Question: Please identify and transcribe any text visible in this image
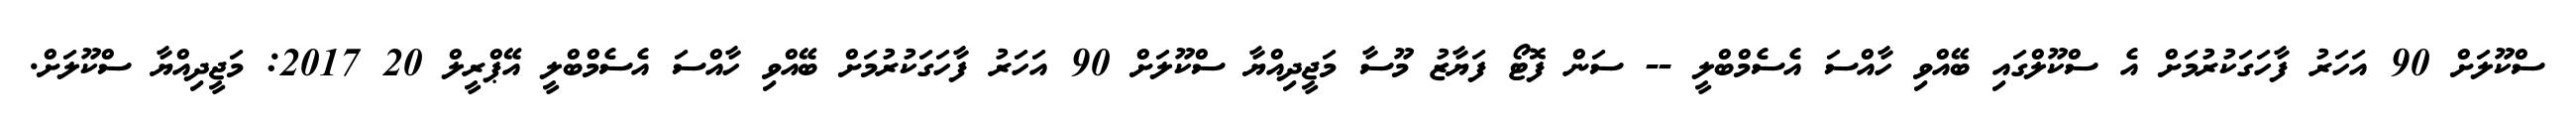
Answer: ސްކޫލަށް 90 އަހަރު ފާހަގަކުރުމަށް އެ ސްކޫލްގައި ބޭއްވި ހާއްސަ އެސެމްބްލީ -- ސަން ފޮޓޯ ފަޔާޒު މޫސާ މަޖީދިއްޔާ ސްކޫލަށް 90 އަހަރު ފާހަގަކުރުމަށް ބޭއްވި ހާއްސަ އެސެމްބްލީ އޭޕްރީލް 20 2017: މަޖީދިއްޔާ ސްކޫލަށް.